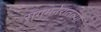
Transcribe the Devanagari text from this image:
संगमनेरातल्या